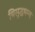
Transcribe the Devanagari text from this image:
बिसुद्धमग्ग